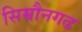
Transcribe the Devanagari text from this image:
सिम्रौनगढ